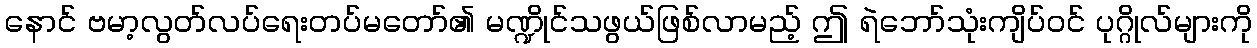
နောင် ဗမာ့လွတ်လပ်ရေးတပ်မတော်၏ မဏ္ဍိုင်သဖွယ်ဖြစ်လာမည့် ဤ ရဲဘော်သုံးကျိပ်ဝင် ပုဂ္ဂိုလ်များကို